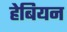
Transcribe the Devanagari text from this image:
हेबियन